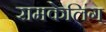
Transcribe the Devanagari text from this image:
रामकेलिंग